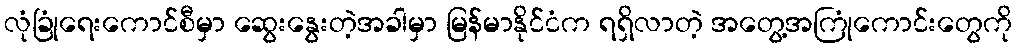
လုံခြုံရေးကောင်စီမှာ ဆွေးနွေးတဲ့အခါမှာ မြန်မာနိုင်ငံက ရရှိလာတဲ့ အတွေ့အကြုံကောင်းတွေကို